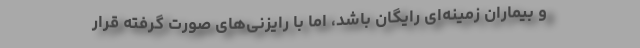
و بیماران زمینه‌ای رایگان باشد، اما با رایزنی‌های صورت گرفته قرار